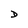
Character: D